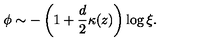
\phi \sim - \left( 1 + \frac { d } { 2 } \kappa ( z ) \right) \log \xi .